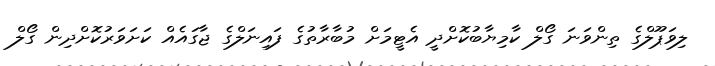
ލިވަޕޫލްގެ ތިންވަނަ ގޯލް ކާމިޔާބުކޮށްދީ އެޓީމަށް މުބާރާތުގެ ފައިނަލްގެ ޖާގައެއް ކަށަވަރުކޮށްދިން ގޯލް